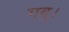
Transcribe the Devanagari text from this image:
गय्।